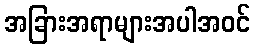
အခြားအရာများအပါအဝင်